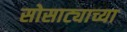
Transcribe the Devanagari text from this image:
सोसाट्याच्या